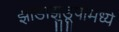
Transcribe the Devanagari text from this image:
झाडाझुडूपांमध्ये